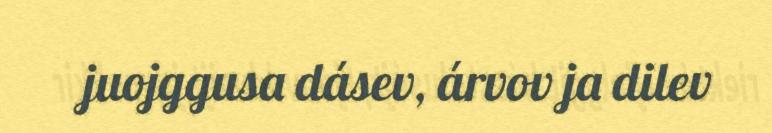
juojggusa dásev, árvov ja dilev